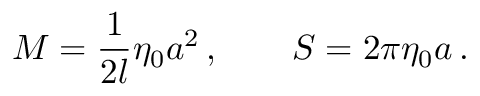
M = \frac { 1 } { 2 l } \eta _ { 0 } a ^ { 2 } \, , \qquad S = 2 \pi \eta _ { 0 } a \, .